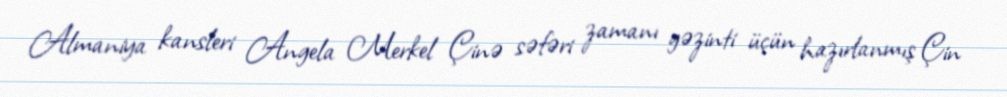
Almaniya kansleri Angela Merkel Çinə səfəri zamanı gəzinti üçün hazırlanmış Çin